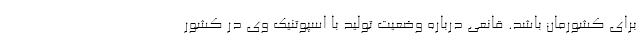
برای کشورمان باشد. قانعی درباره وضعیت تولید با اسپوتنیک وی در کشور